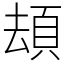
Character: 䪺